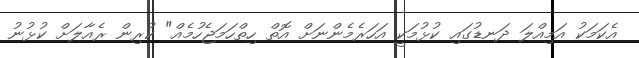
އެކަމަކު އަމިއްލަ ދަނޑުގައި ކުޅުމަކީ އަހަރެމެންނަށް އޮތް ހިތްހަމަޖެހުމެއް" ކުރިން ރެއާލަށް ކުޅުނު